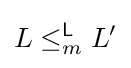
L\leq _{m}^{\mathsf {L}}L'